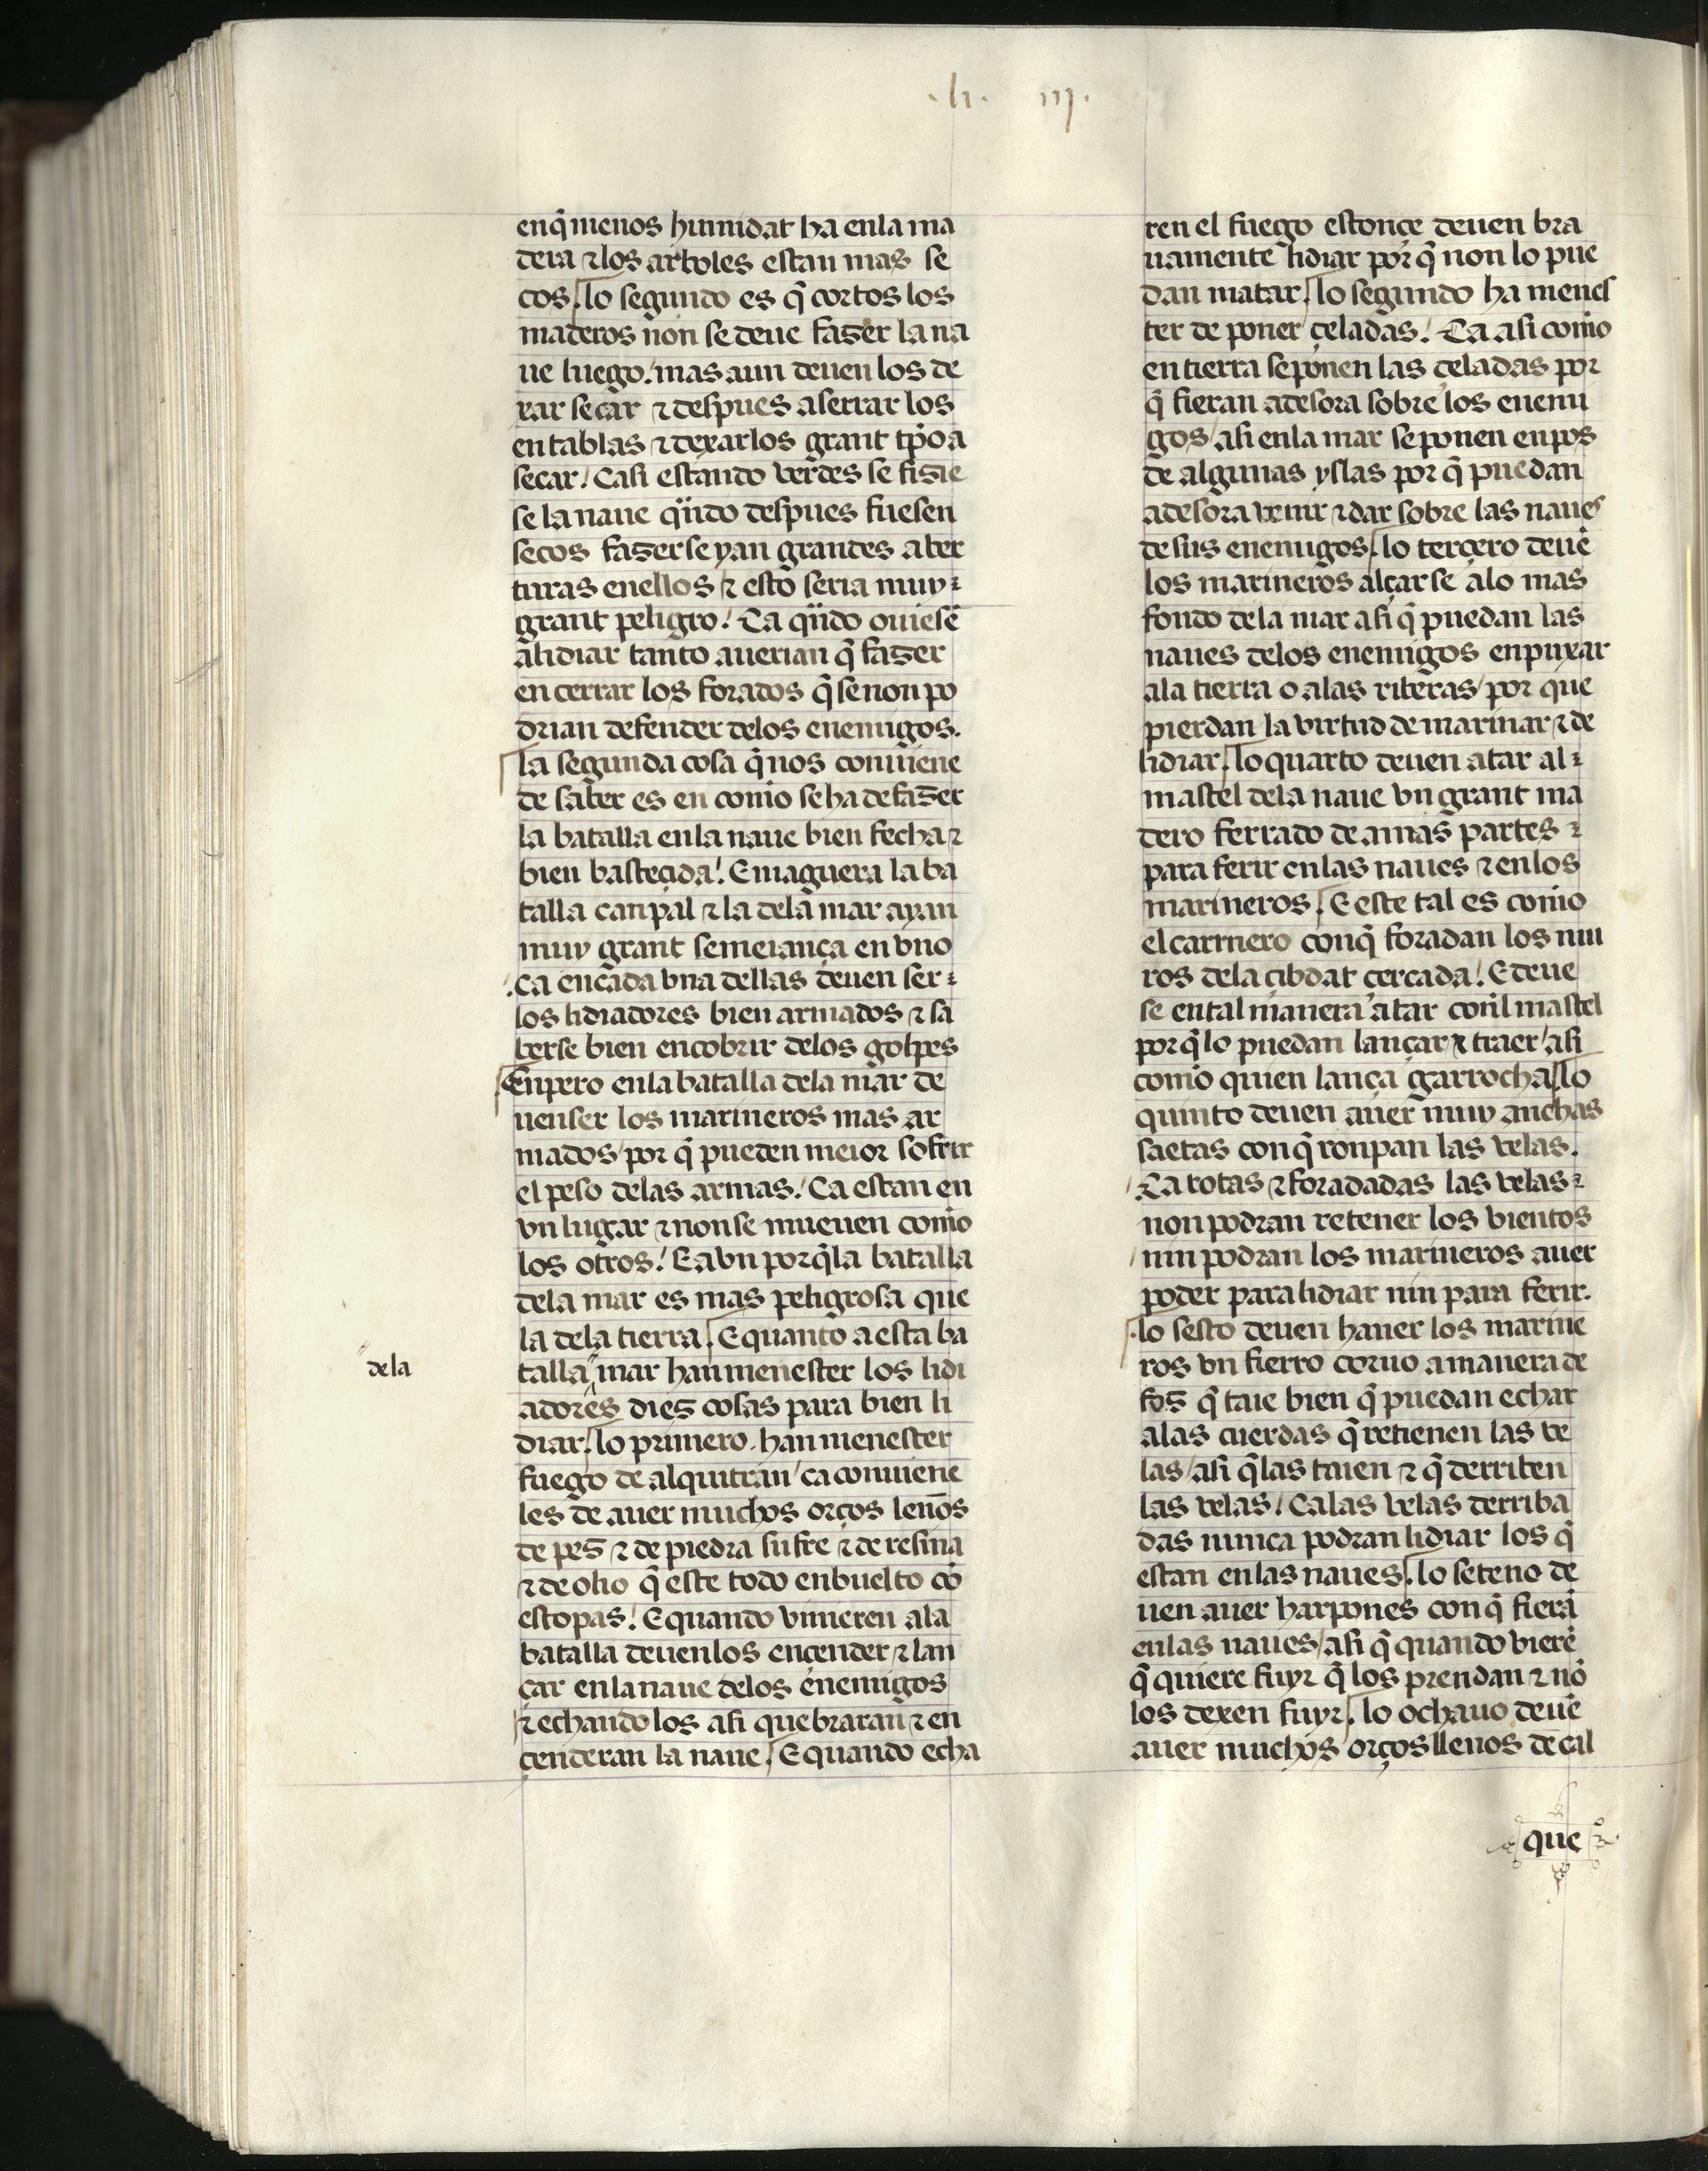
Shelfmark: Madrid, Fundación Lázaro Galdiano, mss 289
Century: 15